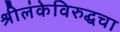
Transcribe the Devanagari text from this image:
श्रीलंकेविरुद्धचा